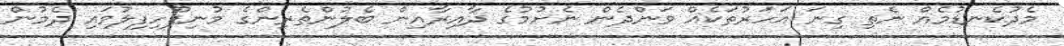
މެދުކެނޑުމެއް ނެތި ގިނަ އަހަރުތަކެއް ވަންދެން ނެށުމުގެ ދާއިރާއިން ބެލުންތެރިންގެ މުނިފޫހިފިލުވައި ދެމުން